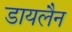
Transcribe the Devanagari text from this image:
डायलैन